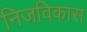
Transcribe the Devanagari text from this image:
निजविकास